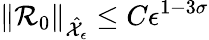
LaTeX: \| \mathcal{R}_{0}\| _{\hat{\mathcal{X}}_{\epsilon}}\le C\epsilon^{1-3\sigma}